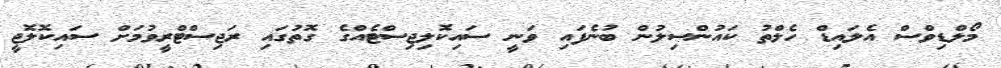
މޯލްޑިވްސް އެެލައިޑް ހެލްތު ކައުންސިލުން ބުނެފައި ވަނީ ސައިކޮލިޖިސްޓެއްގެ ގޮތުގައި ރަޖިސްޓްރީވުމަށް ސައިކޮލޮޖީ